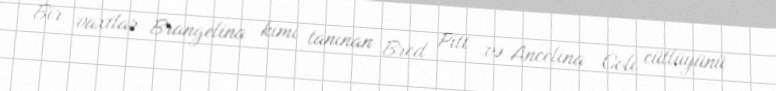
Bir vaxtlar Brangelina kimi tanınan Bred Pitt və Ancelina Coli cütlüyünü